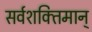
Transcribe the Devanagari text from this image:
सर्वशक्‍तिमान्